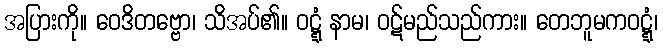
အပြားကို။ ဝေဒိတဗ္ဗော၊ သိအပ်၏။ ဝဋ္ဋံ နာမ၊ ဝဋ်မည်သည်ကား။ တေဘူမကဝဋ္ဋံ၊